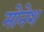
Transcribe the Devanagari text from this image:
मोनेश